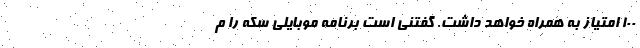
100 امتیاز به همراه خواهد داشت. گفتنی است برنامه موبایلی سکه را م